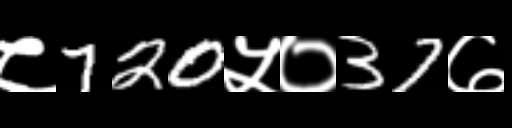
Text: ८720५०37७